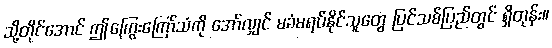
သို့တိုင်အောင် ဤကြွေးကြော်သံကို အော်လျှင် မခံမရပ်နိုင်သူတွေ ပြင်သစ်ပြည်တွင် ရှိတုန်း။